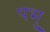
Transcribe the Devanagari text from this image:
पभु